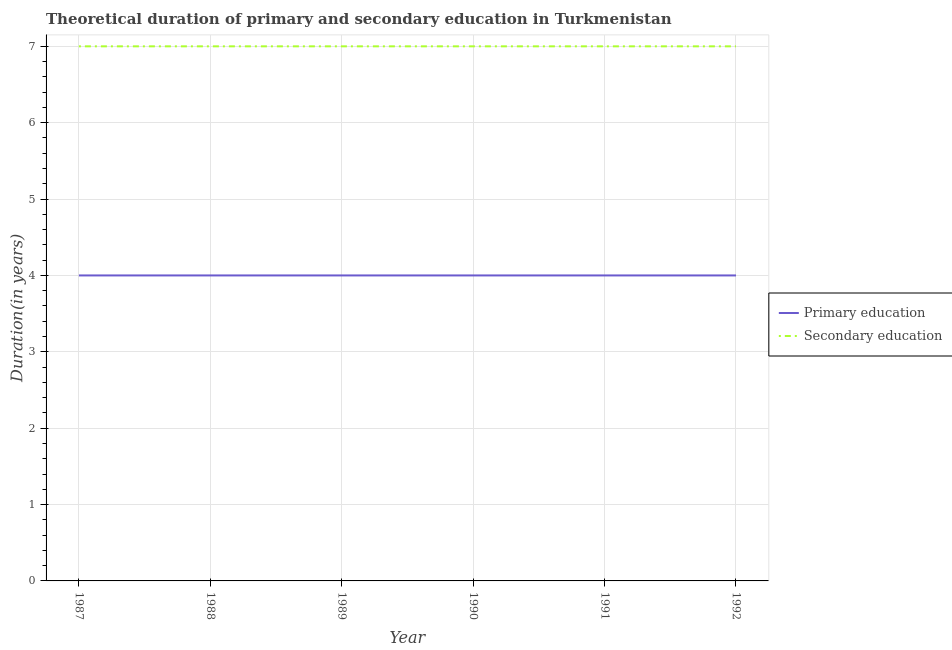
| Year | Primary education | Secondary education |
 | --- | --- | --- |
 | 1987 | 4 | 7 |
 | 1988 | 4 | 7 |
 | 1989 | 4 | 7 |
 | 1990 | 4 | 7 |
 | 1991 | 4 | 7 |
 | 1992 | 4 | 7 |